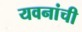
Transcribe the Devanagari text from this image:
यवनांची